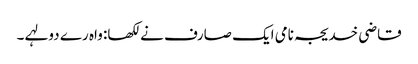
قاضی خدیجہ نامی ایک صارف نے لکھا: واہ رے دولہے ۔